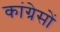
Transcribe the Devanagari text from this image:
कांग्रेसों